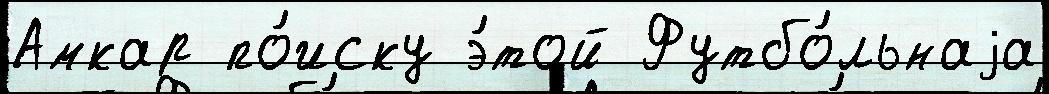
Амкар по́иску э́той Футбо́льнаjа